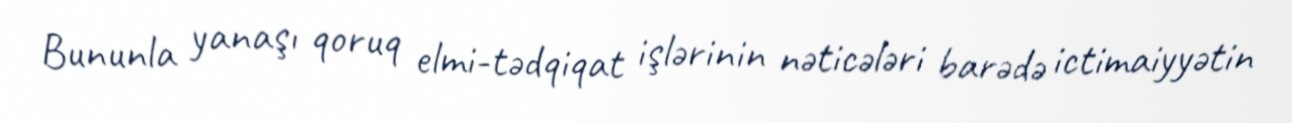
Bununla yanaşı qoruq elmi-tədqiqat işlərinin nəticələri barədə ictimaiyyətin